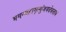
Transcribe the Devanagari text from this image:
भगन्महामृत्युंजयदेवताय